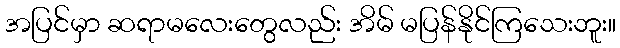
အပြင်မှာ ဆရာမလေးတွေလည်း အိမ် မပြန်နိုင်ကြသေးဘူး။